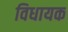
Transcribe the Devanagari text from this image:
विधायक